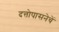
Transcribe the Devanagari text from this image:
दत्तोपासनेचें